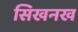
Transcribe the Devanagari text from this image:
सिखनख